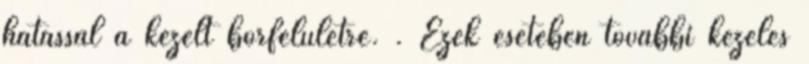
hatással a kezelt bőrfelületre. . Ezek esetében további kezelés